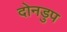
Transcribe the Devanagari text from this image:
दोनडुप